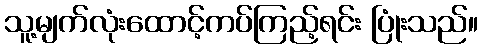
သူ့မျက်လုံးထောင့်ကပ်ကြည့်ရင်း ပြုံးသည်။